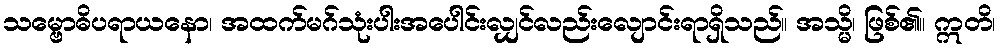
သမ္ဗောဓိပရာယနော၊ အထက်မဂ်သုံးပါးအပေါင်းလျှင်လည်းလျောင်းရာရှိသည်။ အသ္မိ၊ ဖြစ်၏။ ဣတိ၊